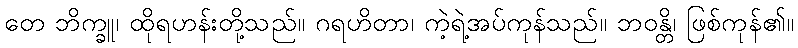
တေ ဘိက္ခူ၊ ထိုရဟန်းတို့သည်။ ဂရဟိတာ၊ ကဲ့ရဲ့အပ်ကုန်သည်။ ဘဝန္တိ၊ ဖြစ်ကုန်၏။